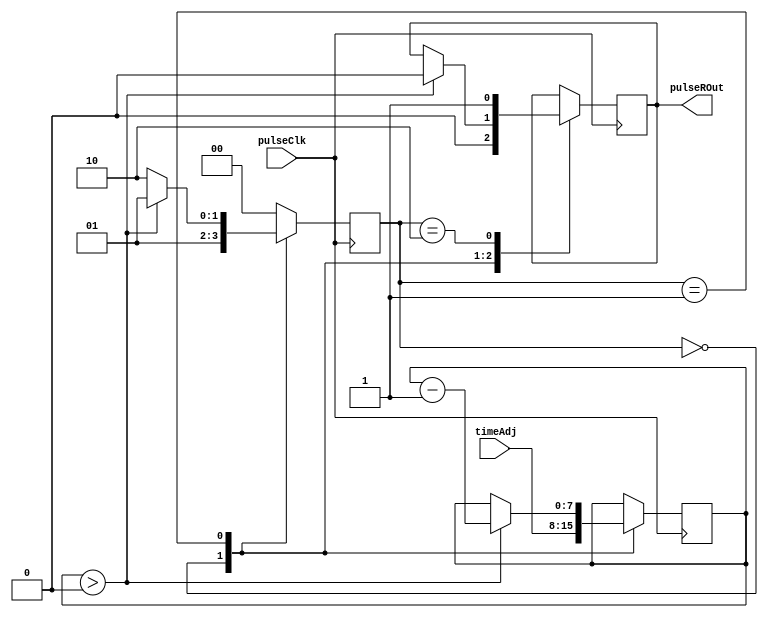
module reconfigTmr8B(pulseClk, timeAdj, pulseROut);
  input pulseClk;
  input [7:0] timeAdj;
  output pulseROut;

  reg pulse;
  reg [7:0] adjCounter;

  parameter s_init = 0, s_count = 1, s_pulseHigh = 2;
  reg [1:0] state;

  always @ (posedge pulseClk) begin
      case(state)
        s_init: begin
          pulse <= 0;
          adjCounter <= timeAdj;
          state <= s_count;
        end
        s_count: begin
          if(adjCounter > 0) begin
            adjCounter <= adjCounter - 1;
            pulse <= 0;
            state <= s_count;
          end
          else begin
            state <= s_pulseHigh;
          end
        end
        s_pulseHigh: begin
          pulse <= 1;
          state <= s_init;
        end
        default: begin
          state <= s_init;
        end
      endcase
  end
  assign pulseROut = pulse;
endmodule